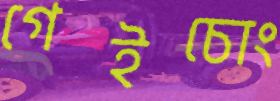
গেইচোং